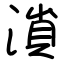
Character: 溑